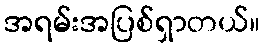
အရမ်းအပြစ်ရှာတယ်။